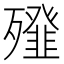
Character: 𣩶